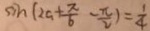
\sin ( 2 a + \frac { \pi } { 6 } - \frac { \pi } { 2 } ) = \frac { 1 } { 4 }